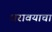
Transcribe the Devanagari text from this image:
धरावयाचा